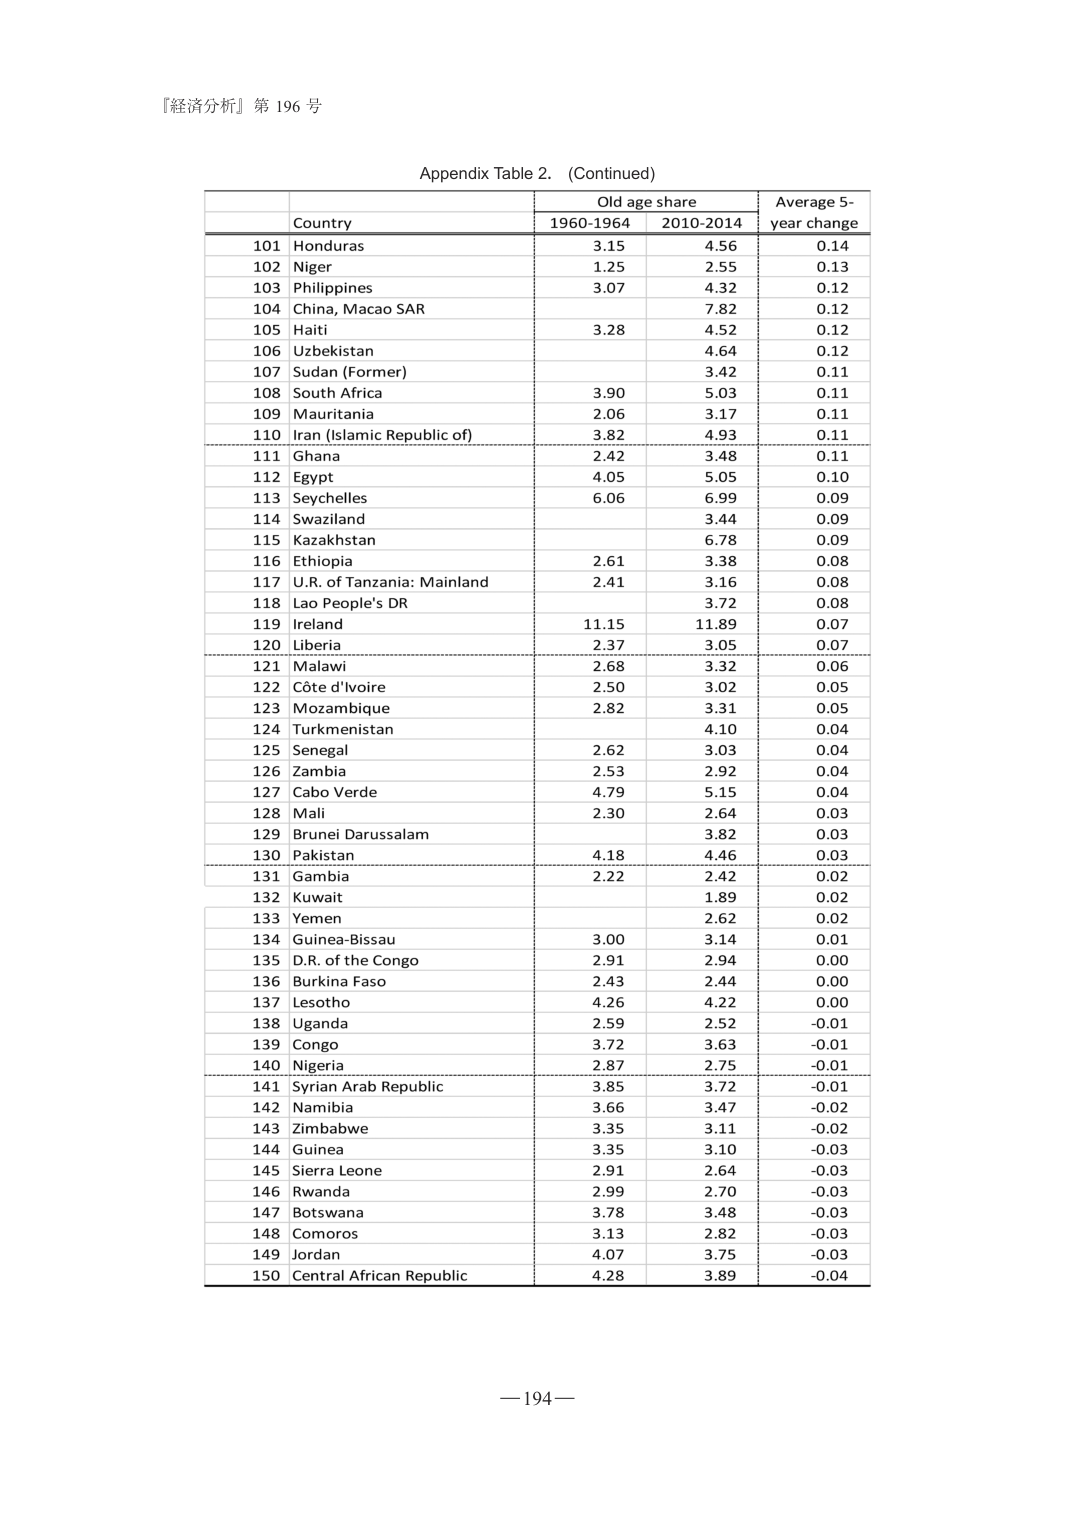
『経済分析』第 196 号

Appendix Table 2. (Continued)

| | Country | Old age share | Average 5-year change |
|---|---|---|---|
| | | 1960-1964 | 2010-2014 | |
| 101 | Honduras | 3.15 | 4.56 | 0.14 |
| 102 | Niger | 1.25 | 2.55 | 0.13 |
| 103 | Philippines | 3.07 | 4.32 | 0.12 |
| 104 | China, Macao SAR | | 7.82 | 0.12 |
| 105 | Haiti | 3.28 | 4.52 | 0.12 |
| 106 | Uzbekistan | | 4.64 | 0.12 |
| 107 | Sudan (Former) | | 3.42 | 0.11 |
| 108 | South Africa | 3.90 | 5.03 | 0.11 |
| 109 | Mauritania | 2.06 | 3.17 | 0.11 |
| 110 | Iran (Islamic Republic of) | 3.82 | 4.93 | 0.11 |
| 111 | Ghana | 2.42 | 3.48 | 0.11 |
| 112 | Egypt | 4.05 | 5.05 | 0.10 |
| 113 | Seychelles | 6.06 | 6.99 | 0.09 |
| 114 | Swaziland | | 3.44 | 0.09 |
| 115 | Kazakhstan | | 6.78 | 0.09 |
| 116 | Ethiopia | 2.61 | 3.38 | 0.08 |
| 117 | U.R. of Tanzania: Mainland | 2.41 | 3.16 | 0.08 |
| 118 | Lao People's DR | | 3.72 | 0.08 |
| 119 | Ireland | 11.15 | 11.89 | 0.07 |
| 120 | Liberia | 2.37 | 3.05 | 0.07 |
| 121 | Malawi | 2.68 | 3.32 | 0.06 |
| 122 | Côte d'Ivoire | 2.50 | 3.02 | 0.05 |
| 123 | Mozambique | 2.82 | 3.31 | 0.05 |
| 124 | Turkmenistan | | 4.10 | 0.04 |
| 125 | Senegal | 2.62 | 3.03 | 0.04 |
| 126 | Zambia | 2.53 | 2.92 | 0.04 |
| 127 | Cabo Verde | 4.79 | 5.15 | 0.04 |
| 128 | Mali | 2.30 | 2.64 | 0.03 |
| 129 | Brunei Darussalam | | 3.82 | 0.03 |
| 130 | Pakistan | 4.18 | 4.46 | 0.03 |
| 131 | Gambia | 2.22 | 2.42 | 0.02 |
| 132 | Kuwait | | 1.89 | 0.02 |
| 133 | Yemen | | 2.62 | 0.02 |
| 134 | Guinea-Bissau | 3.00 | 3.14 | 0.01 |
| 135 | D.R. of the Congo | 2.91 | 2.94 | 0.00 |
| 136 | Burkina Faso | 2.43 | 2.44 | 0.00 |
| 137 | Lesotho | 4.26 | 4.22 | 0.00 |
| 138 | Uganda | 2.59 | 2.52 | -0.01 |
| 139 | Congo | 3.72 | 3.63 | -0.01 |
| 140 | Nigeria | 2.87 | 2.75 | -0.01 |
| 141 | Syrian Arab Republic | 3.85 | 3.72 | -0.01 |
| 142 | Namibia | 3.66 | 3.47 | -0.02 |
| 143 | Zimbabwe | 3.35 | 3.11 | -0.02 |
| 144 | Guinea | 3.35 | 3.10 | -0.03 |
| 145 | Sierra Leone | 2.91 | 2.64 | -0.03 |
| 146 | Rwanda | 2.99 | 2.70 | -0.03 |
| 147 | Botswana | 3.78 | 3.48 | -0.03 |
| 148 | Comoros | 3.13 | 2.82 | -0.03 |
| 149 | Jordan | 4.07 | 3.75 | -0.03 |
| 150 | Central African Republic | 4.28 | 3.89 | -0.04 |

—194—